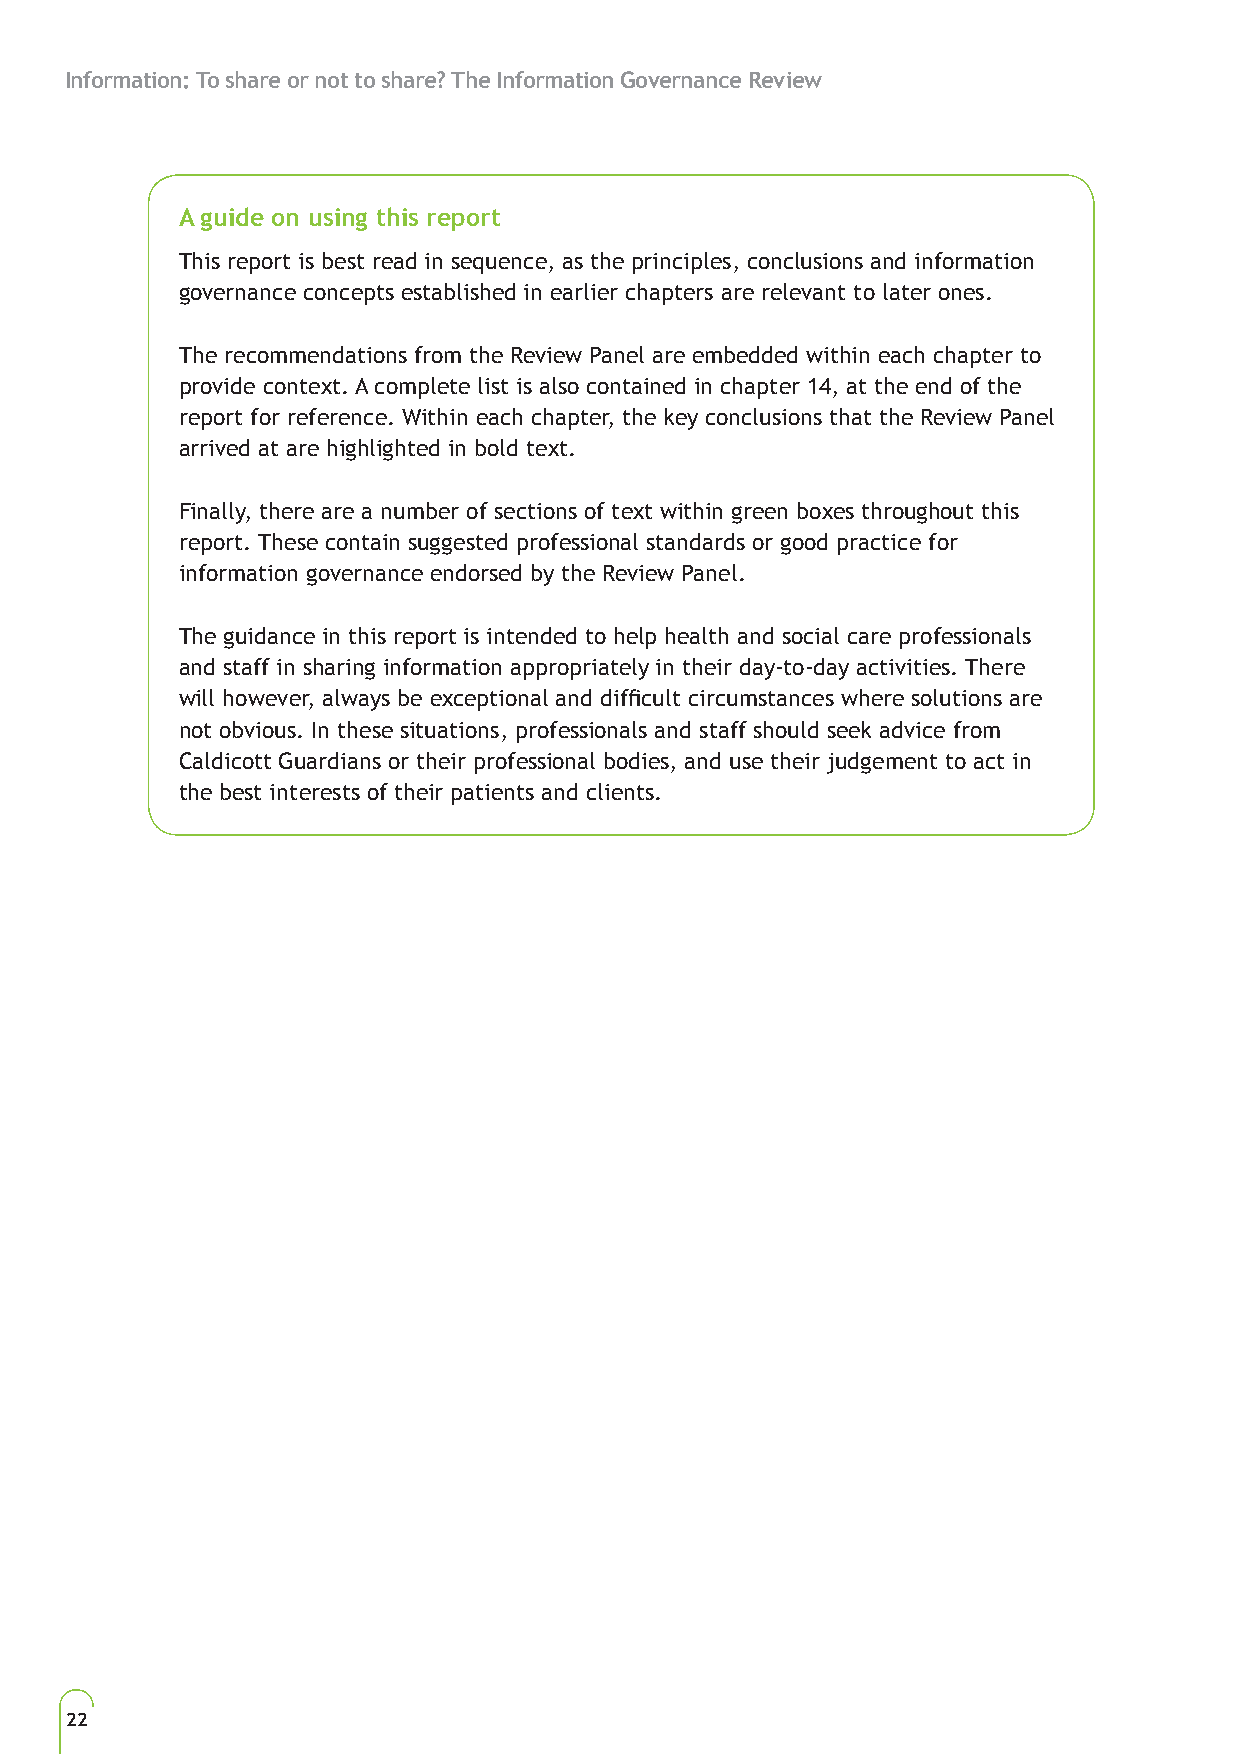
Information: To share or not to share? The Information Governance Review
 A guide on using this report
 This report is best read in sequence, as the principles, conclusions and information
 governance concepts established in earlier chapters are relevant to later ones.
 The recommendations from the Review Panel are embedded within each chapter to
 provide context. A complete list is also contained in chapter 14, at the end of the
 report for reference. Within each chapter, the key conclusions that the Review Panel
 arrived at are highlighted in bold text.
 Finally, there are a number of sections of text within green boxes throughout this
 report. These contain suggested professional standards or good practice for
 information governance endorsed by the Review Panel.
 The guidance in this report is intended to help health and social care professionals
 and staff in sharing information appropriately in their day-to-day activities. There
 will however, always be exceptional and difficult circumstances where solutions are
 not obvious. In these situations, professionals and staff should seek advice from
 Caldicott Guardians or their professional bodies, and use their judgement to act in
 the best interests of their patients and clients.
 22